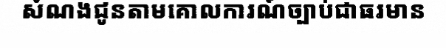
សំណងជូនតាមគោលការណ៍ច្បាប់ជាធរមាន